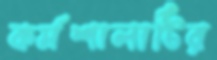
কর্মশালাটির